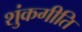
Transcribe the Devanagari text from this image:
शुंकगीति